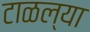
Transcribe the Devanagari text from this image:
टाळल्या